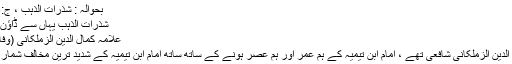
بحوالہ : شذرات الذہب ، ج:6 ، ص:83
شذرات الذہب یہاں سے ڈاؤن لوڈ فرمائیں
علامہ کمال الدین الزملکانی (وفات: 651ھ)
علامہ کمال الدین الزملکانی شافعی تھے ، امام ابن تیمیہ کے ہم عمر اور ہم عصر ہونے کے ساتھ ساتھ امام ابن تیمیہ کے شدید ترین مخالف شمار ہوتے تھے۔